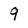
Character: 9